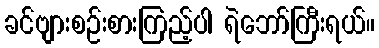
ခင်ဗျားစဉ်းစားကြည့်ပါ ရဲဘော်ကြီးရယ်။